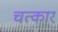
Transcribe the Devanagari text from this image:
चत्कार